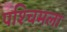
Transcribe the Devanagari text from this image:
पश्‍चिमला